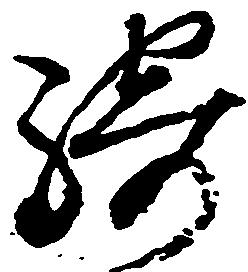
騎